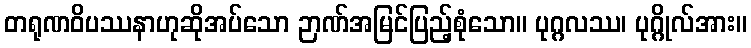
တရုဏဝိပဿနာဟုဆိုအပ်သော ဉာဏ်အမြင်ပြည့်စုံသော။ ပုဂ္ဂလဿ၊ ပုဂ္ဂိုလ်အား။